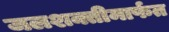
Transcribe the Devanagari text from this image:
जलशक्तीमार्फत